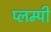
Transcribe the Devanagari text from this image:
प्लम्पी